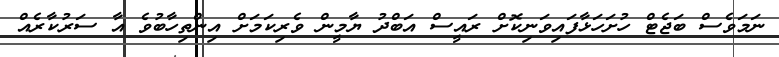
ނަމަވެސް ބަޖެޓް ހުށަހަޅާފައިވަނިކޮށް ރައީސް އަބްދު ޔާމީން ވެރިކަމަށް އިންތިހާބުވެ އާ ސަރުކާރެއް